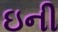
ઇની